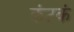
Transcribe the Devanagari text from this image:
कंटकं